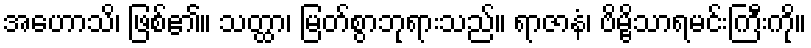
အဟောသိ၊ ဖြစ်၏။ သတ္ထာ၊ မြတ်စွာဘုရားသည်။ ရာဇာနံ၊ ဗိမ္ဗိသာရမင်းကြီးကို။